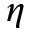
\eta